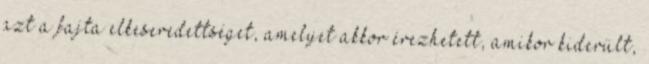
azt a fajta elkeseredettséget, amelyet akkor érezhetett, amikor kiderült,